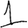
Digit: 1